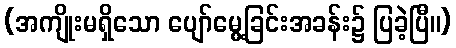
(အကျိုးမရှိသော ပျော်မွေ့ခြင်းအခန်း၌ ပြခဲ့ပြီ။)